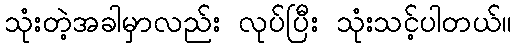
သုံးတဲ့အခါမှာလည်း လုပ်ပြီး သုံးသင့်ပါတယ်။